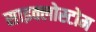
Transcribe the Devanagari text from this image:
साइक्लोस्टोम